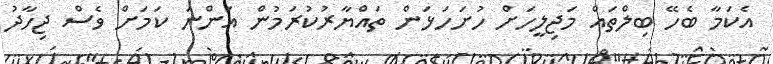
އެކަމާ ބެހޭ ބިލްތައް މަޖިލީހަށް ހުށަހަޅަން ތައްޔާރުކުރަމުން އަންނަ ކަމަށް ވެސް ޖިހާދު